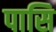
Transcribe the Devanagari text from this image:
पासि